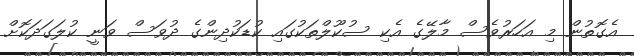
އެގޮތުން މި އަހަރުވެސް މާލޭގެ އެކި ސުކޫލްތަކުގައި ކުޑަކުދިންގެ ދުވަސް ވަނީ ކުލަގަދަކޮށް